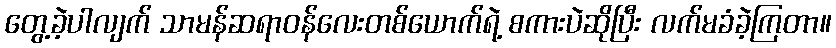
တွေ့ခဲ့ပါလျက် သာမန်ဆရာဝန်လေးတစ်ယောက်ရဲ့ စကားပဲဆိုပြီး လက်မခံခဲ့ကြတာ။